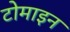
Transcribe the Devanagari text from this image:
टोमाइन